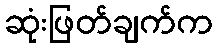
ဆုံးဖြတ်ချက်က